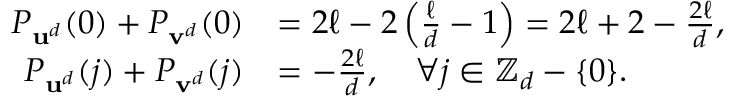
\begin{array} { r l } { P _ { \mathbf { u } ^ { d } } ( 0 ) + P _ { \mathbf { v } ^ { d } } ( 0 ) } & { = 2 \ell - 2 \left( \frac { \ell } { d } - 1 \right) = 2 \ell + 2 - \frac { 2 \ell } { d } , } \\ { P _ { \mathbf { u } ^ { d } } ( j ) + P _ { \mathbf { v } ^ { d } } ( j ) } & { = - \frac { 2 \ell } { d } , \quad \forall j \in \mathbb { Z } _ { d } - \{ 0 \} . } \end{array}